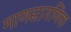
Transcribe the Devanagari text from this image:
माणसागणिक